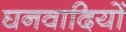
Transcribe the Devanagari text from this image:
घनवादियों